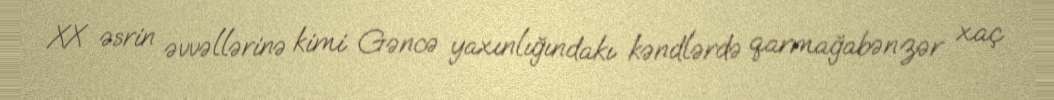
XX əsrin əvvəllərinə kimi Gəncə yaxınlığındakı kəndlərdə qarmağabənzər xaç